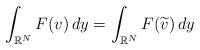
LaTeX: \begin{align*}\int_{\mathbb{R} ^N } F(v)\, dy = \int_{\mathbb{R} ^N } F(\widetilde{v} )\, dy\end{align*}